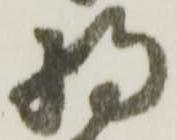
将